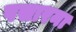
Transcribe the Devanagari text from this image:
पसारना